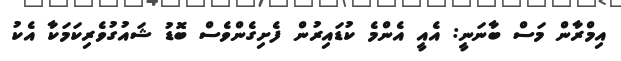
އިމްރާން މަސް ބާނަނީ: އެއީ އެންމެ ކުޑައިރުން ފެށިގެންވެސް ބޮޑު ޝައުގުވެރިކަމަކާ އެކު